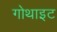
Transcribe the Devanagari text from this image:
गोथाइट